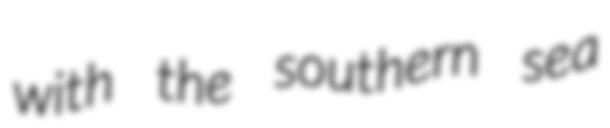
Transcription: with the southern sea